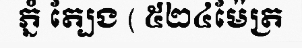
ភ្នំ ត្បែង ( ៥២៤ម៉ែត្រ